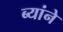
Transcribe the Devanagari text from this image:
ब्यांने